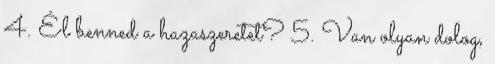
4. Él benned a hazaszeretet? 5. Van olyan dolog,